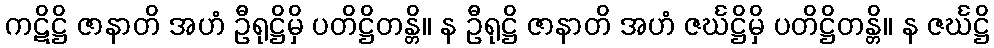
ကဋိဋ္ဌိ ဇာနာတိ အဟံ ဦရုဋ္ဌိမှိ ပတိဋ္ဌိတန္တိ။ န ဦရုဋ္ဌိ ဇာနာတိ အဟံ ဇင်္ဃဋ္ဌိမှိ ပတိဋ္ဌိတန္တိ။ န ဇင်္ဃဋ္ဌိ